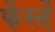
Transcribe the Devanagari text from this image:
फेंस्तें